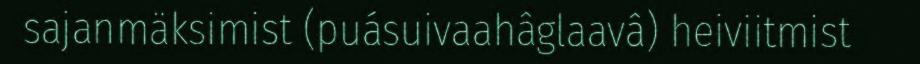
sajanmäksimist (puásuivaahâglaavâ) heiviitmist